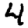
Digit: 4